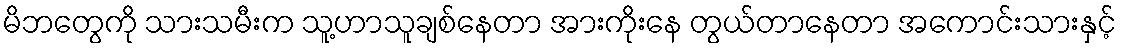
မိဘတွေကို သားသမီးက သူ့ဟာသူချစ်နေတာ အားကိုးနေ တွယ်တာနေတာ အကောင်းသားနှင့်